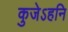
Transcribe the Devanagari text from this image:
कुजेऽहनि